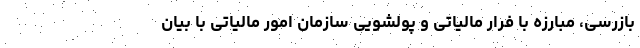
بازرسی، مبارزه با فرار مالیاتی و پولشویی سازمان امور مالیاتی با بیان